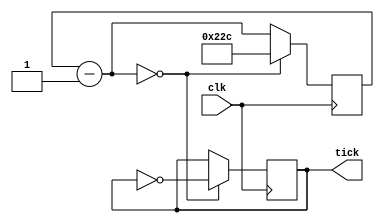
module test (input clk, output reg tick);

parameter CLOCK_DIVIDE = 2604;
parameter CLOCK_DIVIDE2 = 2604;

reg [10:0] tx_clk_divider=CLOCK_DIVIDE;
reg [3:0] tx_countdown;


always @ (posedge clk)
begin 
	tx_clk_divider = tx_clk_divider - 1;
	if (!tx_clk_divider) begin
		tick=!tick;
		tx_clk_divider = CLOCK_DIVIDE;
		tx_countdown = tx_countdown - 1;
	end
	end
endmodule